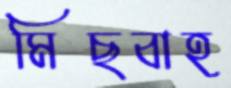
মিছবাহ